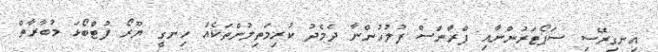
އިނގިރޭސި ސަޕޯޓަރުންނާއި ފްރާންސް ފުލުހުންނާ ދެމެދު ކުރިމަތިލުންތަކެއް ހިނގީ ޔޫރޯ ފުޓްބޯޅަ މުބާރާތް